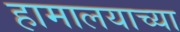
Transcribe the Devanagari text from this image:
हामालयाच्या